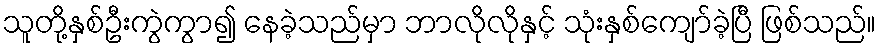
သူတို့နှစ်ဦးကွဲကွာ၍ နေခဲ့သည်မှာ ဘာလိုလိုနှင့် သုံးနှစ်ကျော်ခဲ့ပြီ ဖြစ်သည်။